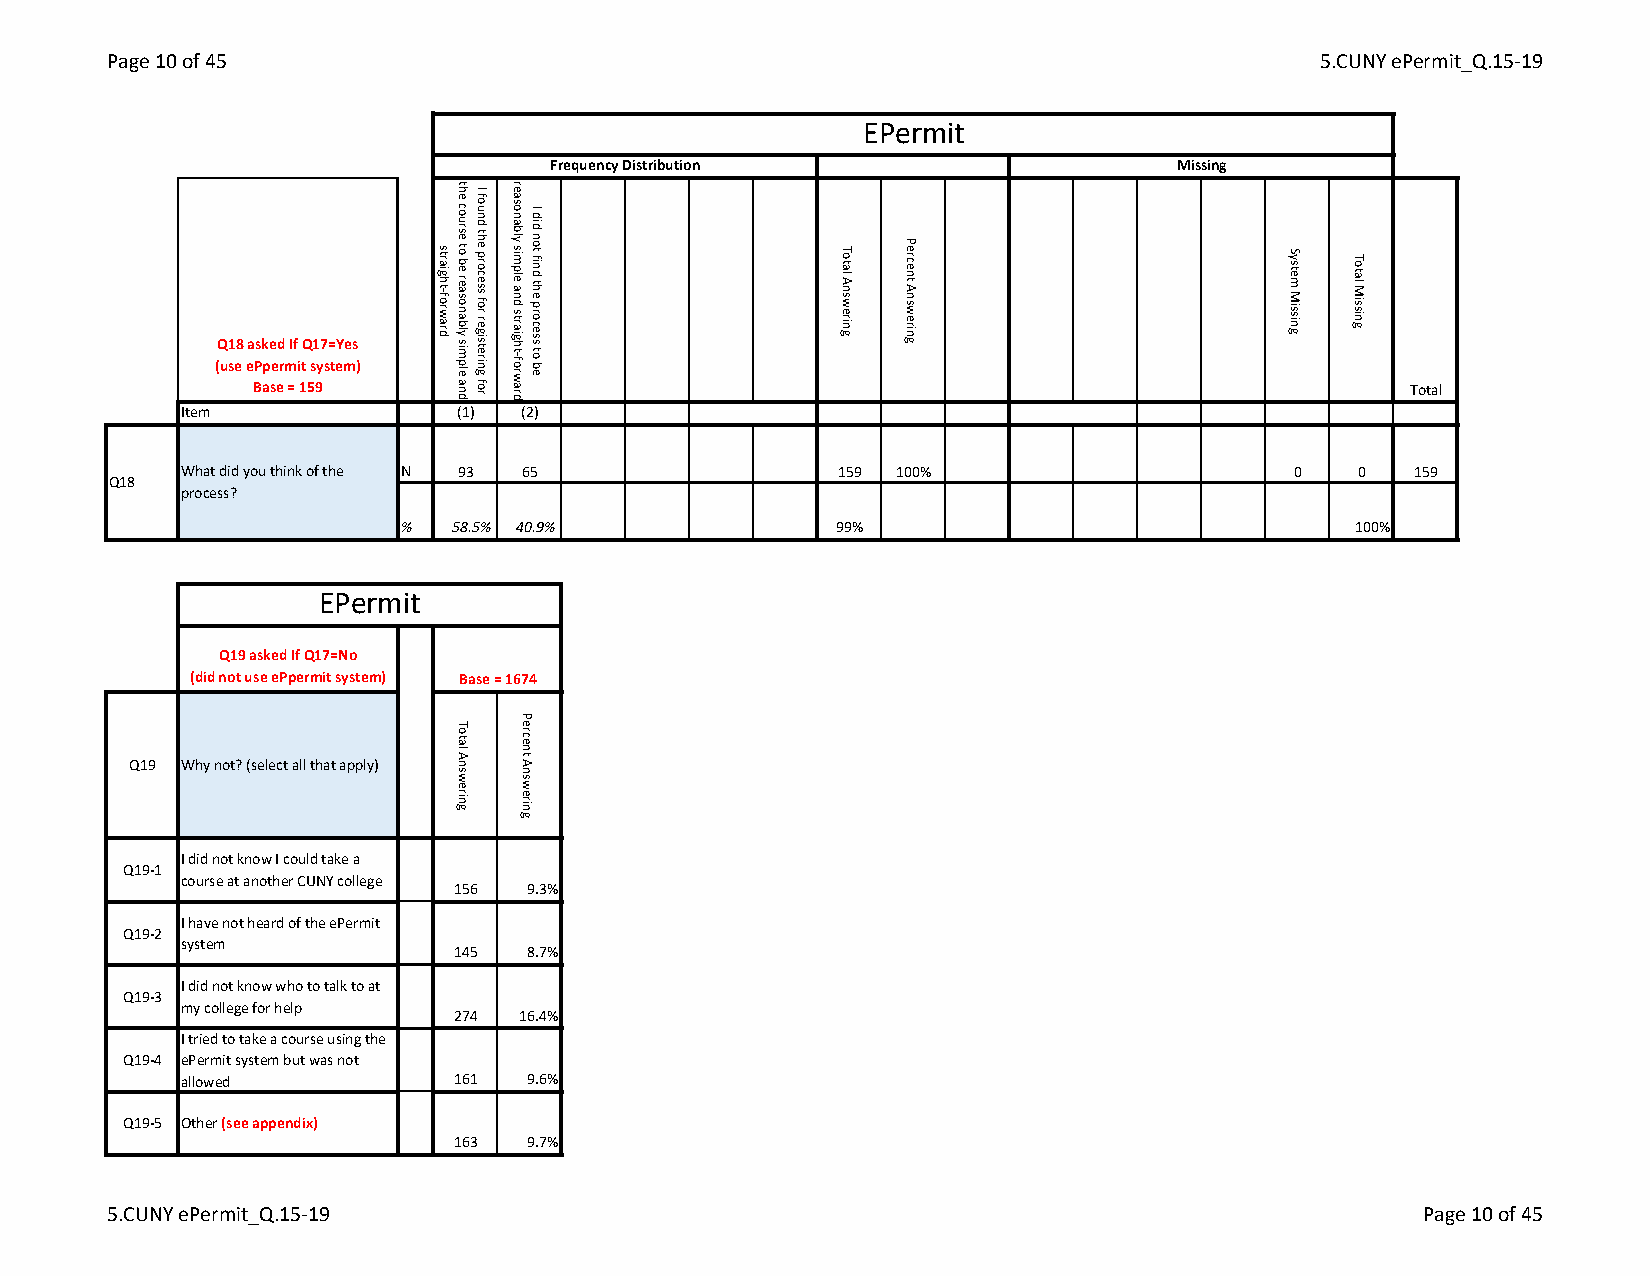
Page 10 of 45                                                                   5.CUNY ePermit_Q.15-19
 EPermit
 Frequency Distribution                    Missing
 Q18 asked If Q17=Yes
 (use ePpermit system)
 Base = 159                                                                   Total
 Item              (1) (2)
 What did you think of the N 93 65          159 100%                      0    0  159
 Q18
 process?
 %   58.5% 40.9%              99%                               100%
 EPermit
 Q19 asked If Q17=No
 (did not use ePpermit system) Base = 1674
 Q19 Why not? (select all that apply)
 I did not know I could take a
 Q19-1
 course at another CUNY college
 156 9.3%
 I have not heard of the ePermit
 Q19-2
 system
 145 8.7%
 I did not know who to talk to at
 Q19-3
 my college for help
 274 16.4%
 I tried to take a course using the
 Q19-4 ePermit system but was not
 allowed           161 9.6%
 Q19-5 Other (see appendix)
 163 9.7%
 5.CUNY ePermit_Q.15-19                                                                 Page 10 of 45
 straight-forward
 the
 course
 to be
 reasonably
 simple
 and
 Total
 Answering
 I
 found
 the process
 for
 registering
 for
 reasonably
 simple
 and
 straight-forward
 Percent
 Answering
 I
 did
 not find
 the process
 to
 be
 Total
 Answering
 Percent
 Answering
 System
 Missing
 Total
 Missing